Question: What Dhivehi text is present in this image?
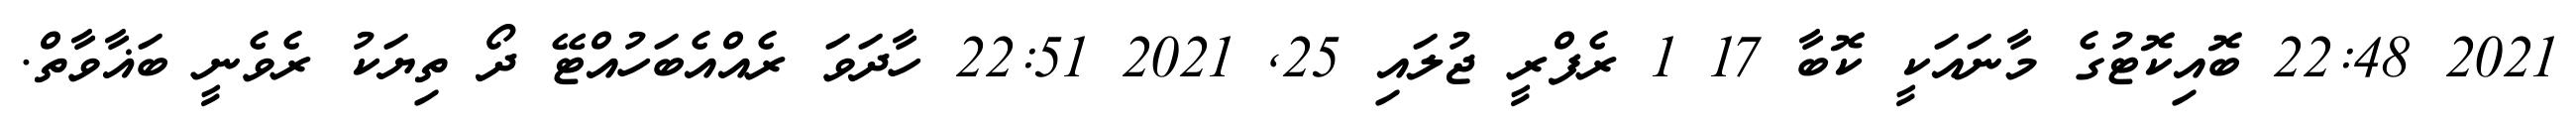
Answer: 2021 22:48 ބޮއިކޮޓުގެ މާނައަކީ ކޮބާ 17 1 ރެފްރީ ޖުލައި 25, 2021 22:51 ހާދަވަ ރެއްއެބަހުއްޓޭ ދޯ ތިޔަކު ރެވެނީ ބަޣާވާތް.